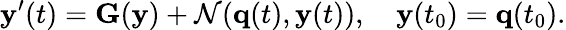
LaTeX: \mathbf{y}^{\prime}(t)=\mathbf{G}(\mathbf{y})+\mathcal{N}(\mathbf{q}(t),\mathbf{y}(t)),\quad\mathbf{y}(t_{0})=\mathbf{q}(t_{0}).